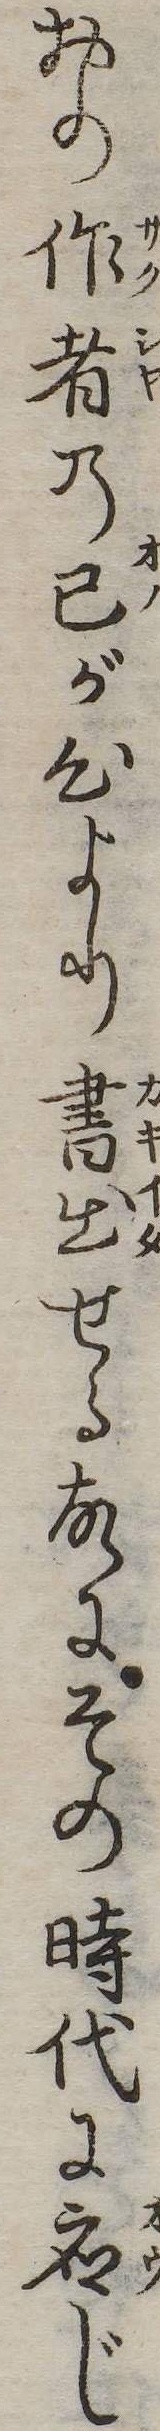
おの作者の己が心より書出せる故にその時代に応じ